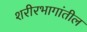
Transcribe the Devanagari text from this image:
शरीरभागांतील